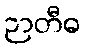
ဉာတီဓ